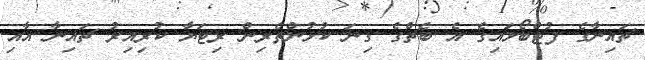
ޗައިނާގެ ފުޓްބޯޅައިގެ އެ ބެޗްގެ ގިނަ ކުޅުންތެރިން ރިޓަޔާ ކުރިއިރު ޗައިނާ އާއި